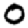
Digit: 0